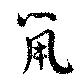
鼠